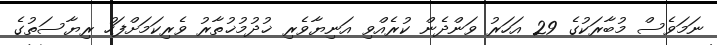
ނަމަވެސް މުބާރަކުގެ 29 އަހަރު ވަންދެން ކުރެއްވި އަނިޔާވެރި ޚުދުމުޚުތާރު ވެރިކަމަށްފަހު ރިޔާސަތުގެ